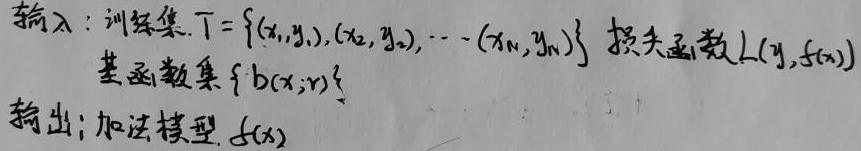
输入：训练集 $T = \{(x_1, y_1), (x_2, y_2), \cdots (x_N, y_N)\}$ 损失函数 $L(y, f(x))$ 基函数集 $\{b(x; r)\}$
输出：加法模型 $f(x)$